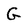
Character: G